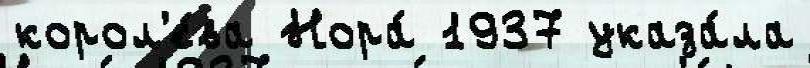
корол'е́ва Нора́ 1937 указа́ла